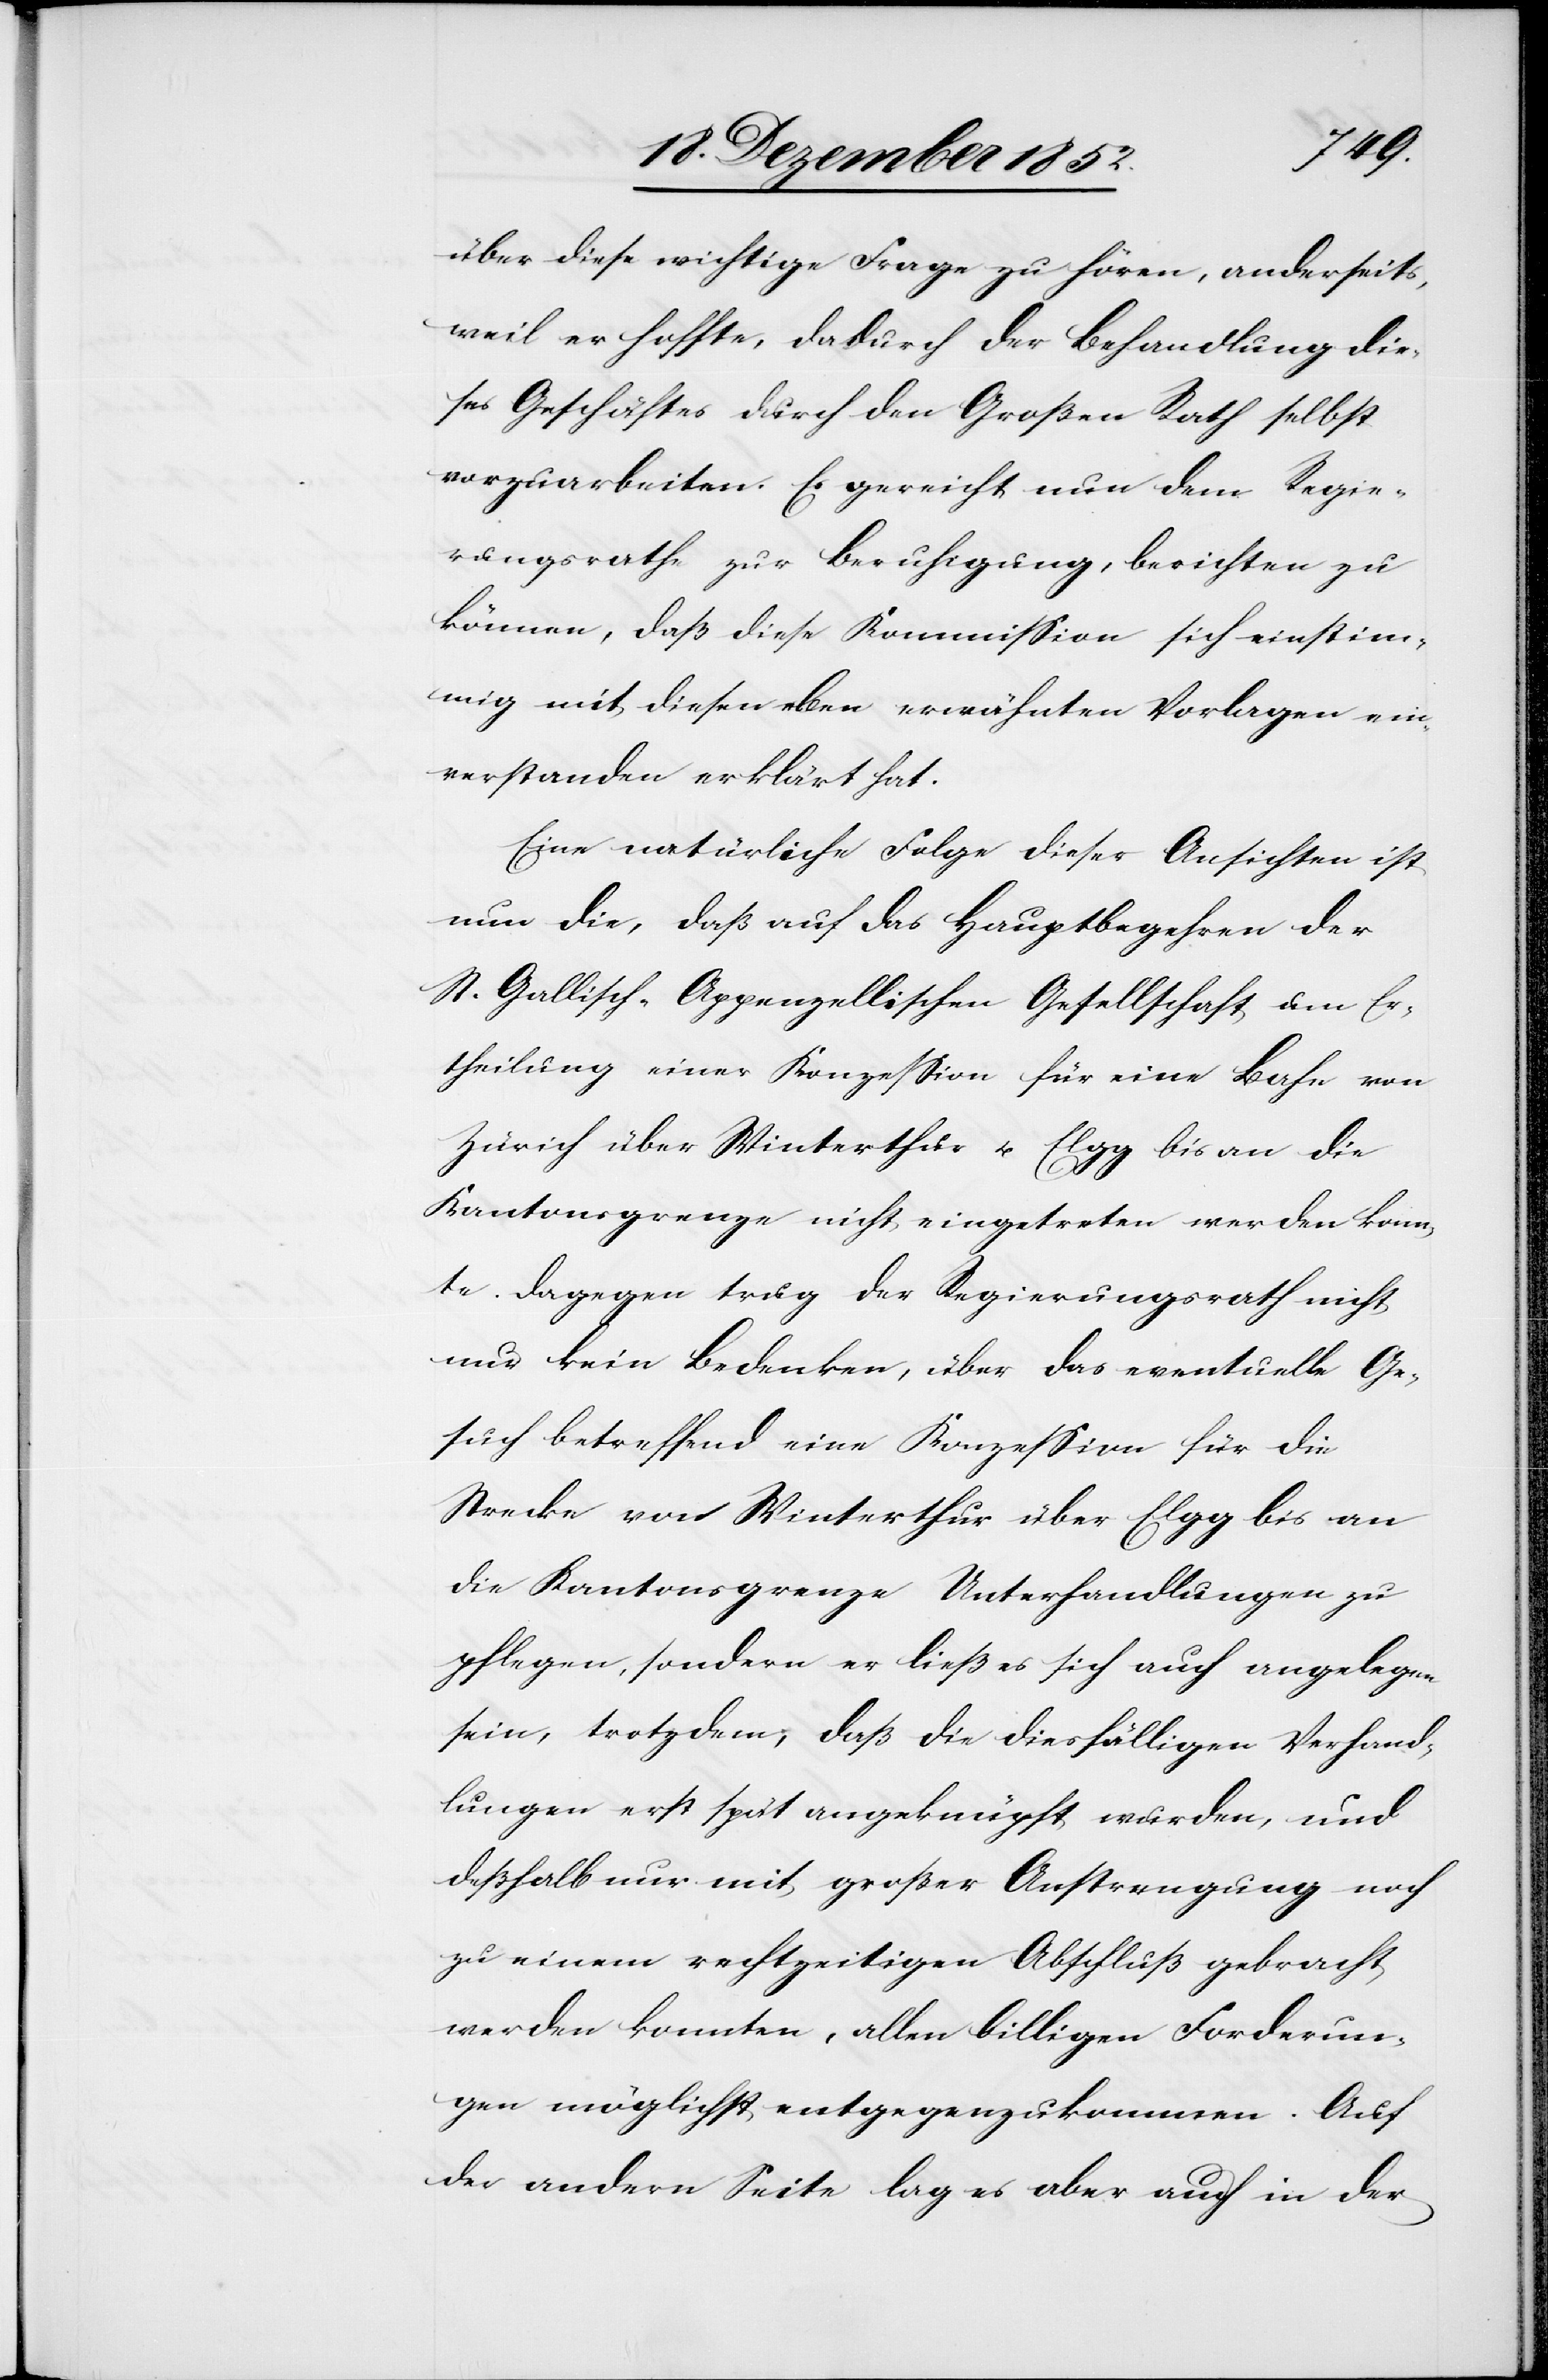
über diese wichtige Frage zu hören, anderseits,
weil er hoffte, dadurch der Behandlung die¬
ses Geschäftes durch den Großen Rath selbst
vorzuarbeiten. Es gereicht nun dem Regie¬
rungsrathe zur Beruhigung, berichten zu
können, daß diese Kommission sich einstim¬
mig mit diesen eben erwähnten Vorlagen ein¬
verstanden erklärt hat.
Eine natürliche Folge dieser Ansichten ist
nun die, daß auf das Hauptbegehren der
St. Gallisch-Appenzellischen Gesellschaft um Er¬
theilung einer Konzession für eine Bahn von
Zürich über Winterthur u. Elgg bis an die
Kantonsgrenze nicht eingetreten werden konn¬
te. Dagegen trug der Regierungsrath nicht
nur kein Bedenken, über das eventuelle Ge¬
such betreffend eine Konzession für die
Strecke von Winterthur über Elgg bis an
die Kantonsgrenze Unterhandlungen zu
pflegen, sondern er ließ es sich auch angelegen
sein, trotzdem, daß die diesfälligen Verhand¬
lungen erst spät angeknüpft wurden, und
deßhalb nur mit großer Anstrengung noch
zu einem rechtzeitigen Abschluß gebracht
werden konnten, allen billigen Forderun¬
gen möglichst entgegenzukommen. Auf
der andern Seite lag es aber auch in der